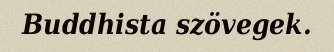
Buddhista szövegek.